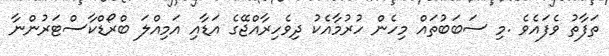
ތަފާތު ވެފައެވެ .މި ސަބަބުތައް މިހެން ހުރުމާއެކު ދިވެހިރާއްޖޭގެ އަޑާއި އަމިއްލަ ބްރޯޑްކާސްޓަރުންނާ